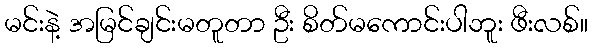
မင်းနဲ့ အမြင်ချင်းမတူတာ ဦး စိတ်မကောင်းပါဘူး ဖီးလစ်။